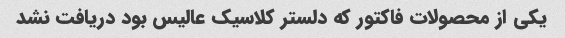
یکی از محصولات فاکتور که دلستر کلاسیک عالیس بود دریافت نشد